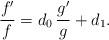
LaTeX: \begin{align*} \frac{f'}{f} = d_0 \, \frac{g'}{g} + d_1 .\end{align*}